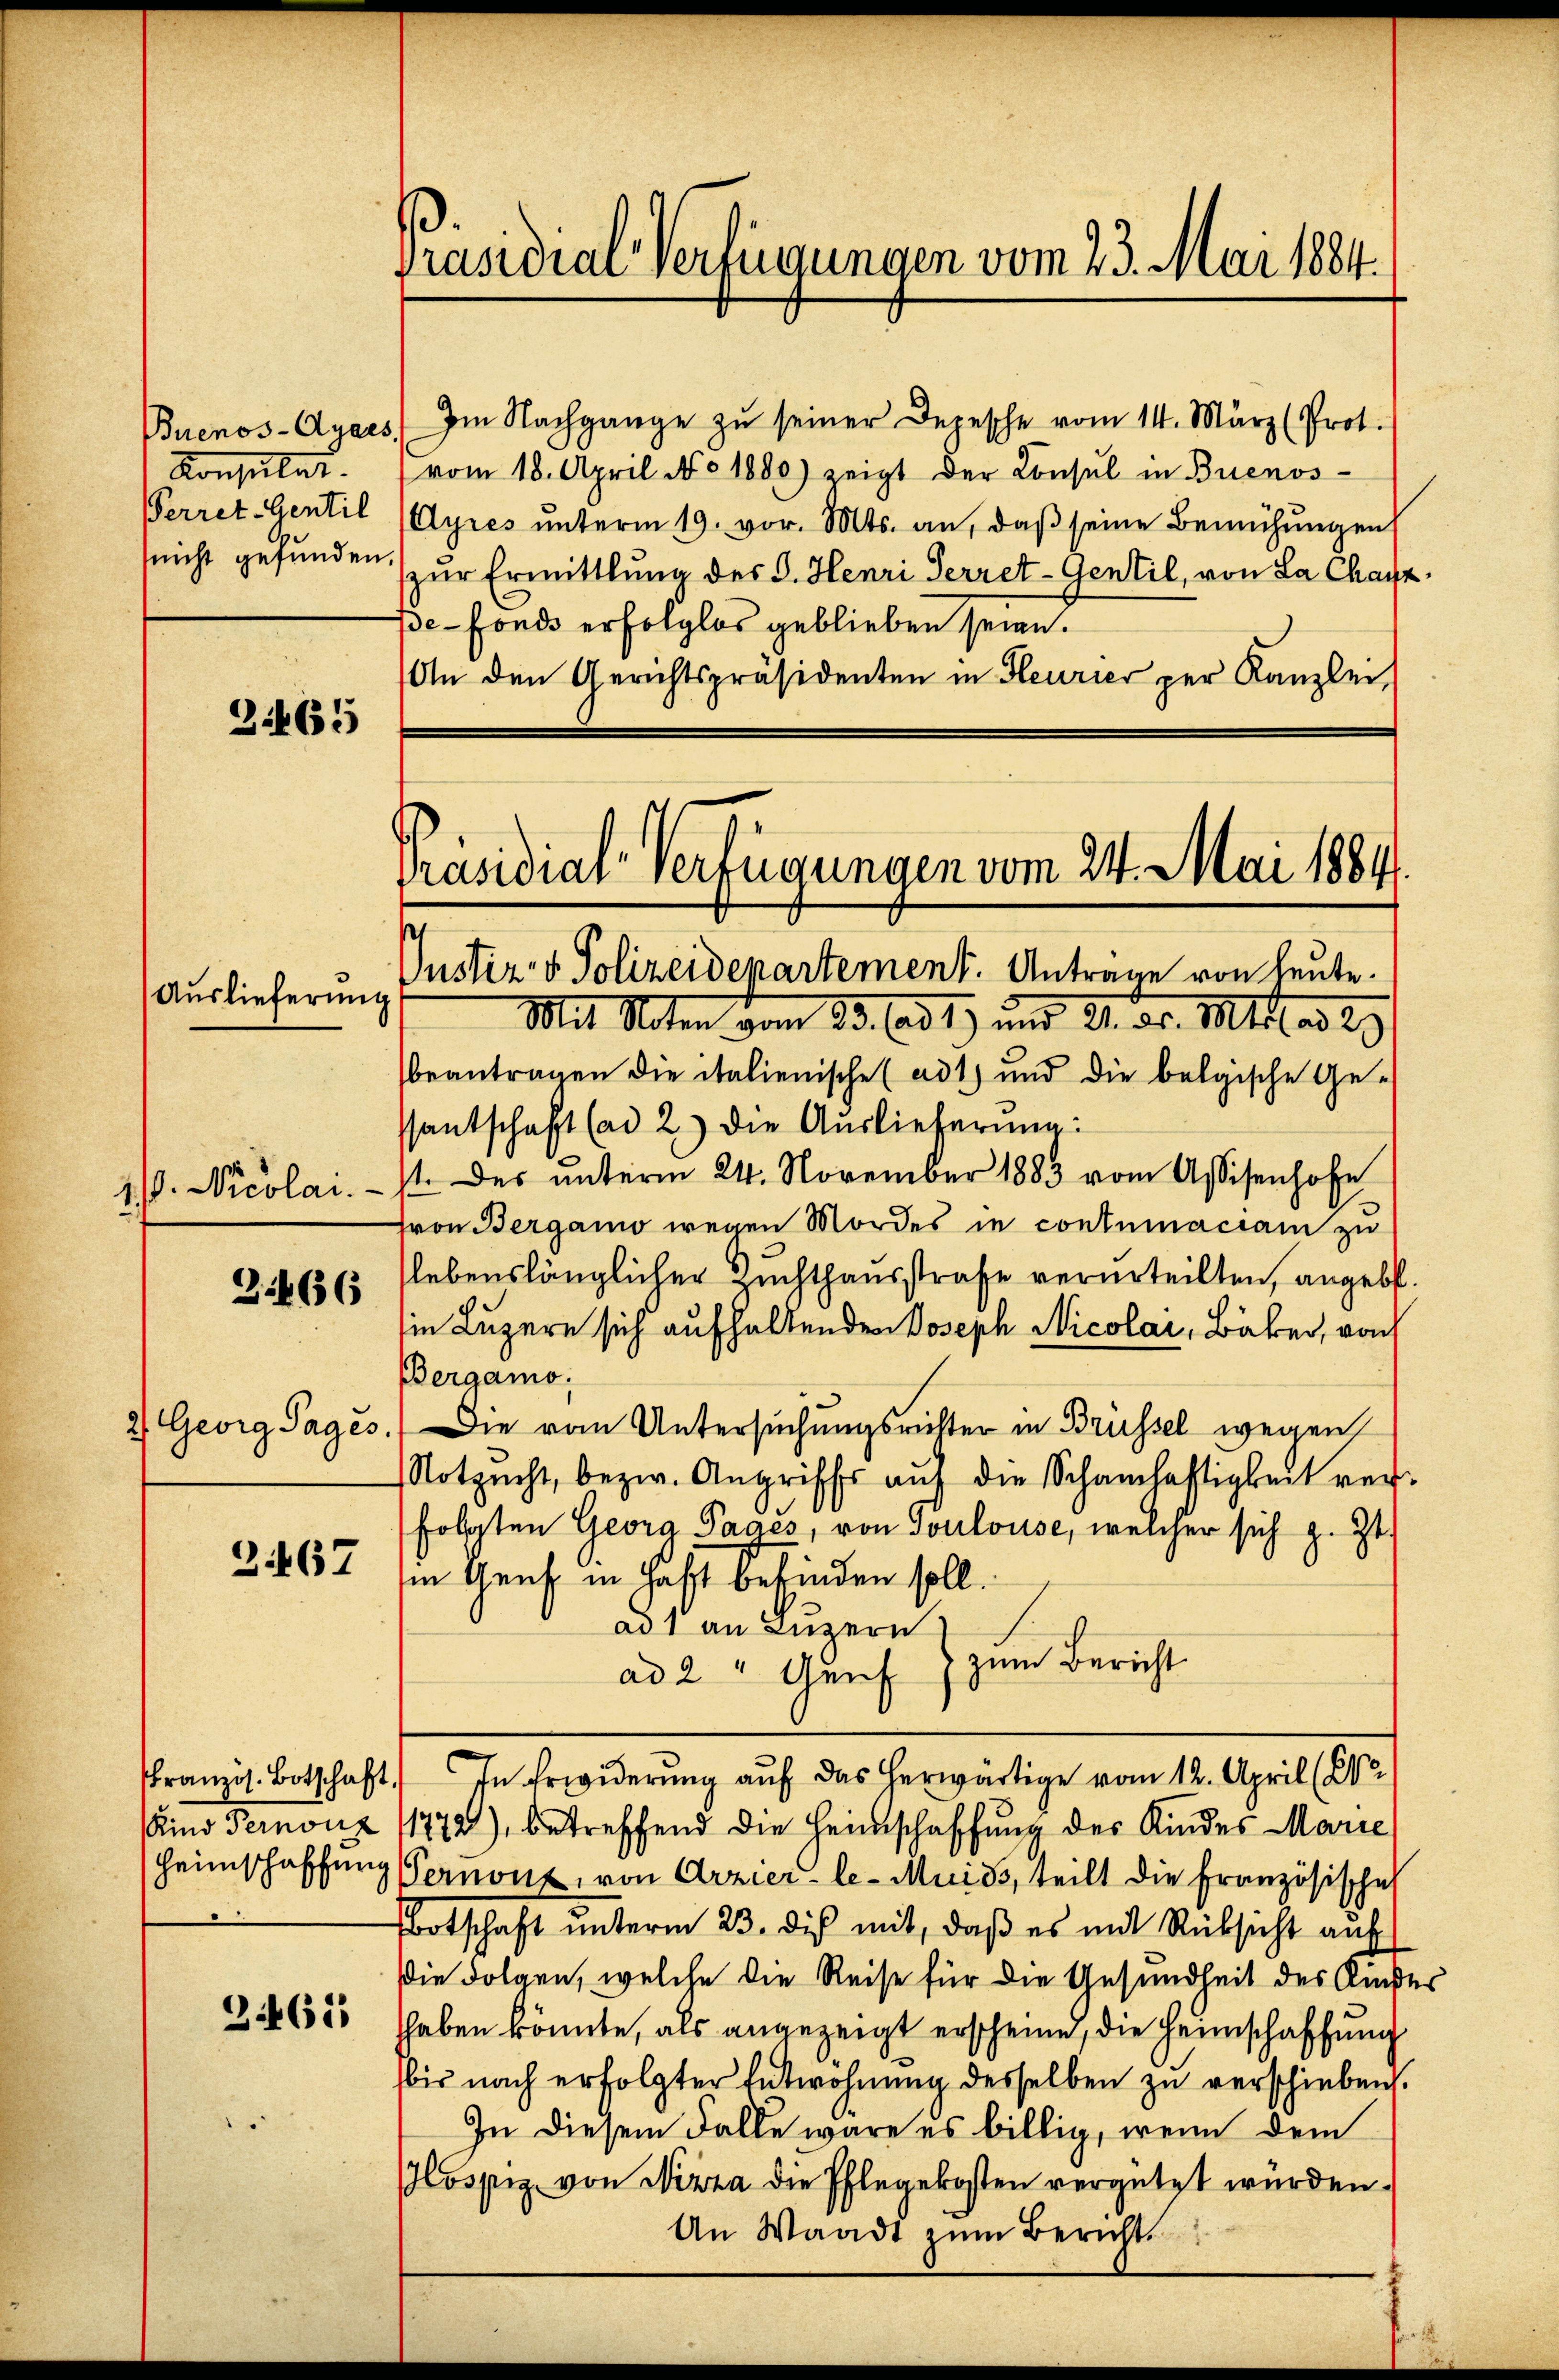
Konsulat
nicht gefunden.

3465

Auslieferung

2466

2.467

2461

Präsidial-Verfügungen vom 23. Mai 1884.

Buenos-Ayres Im Nachgange zŭ seiner Depesche vom 14. März (Prot.
vom 18. April No 1800) zeigt der Consul in Buenos-
Verret-Gentil (Ayres ŭnterm 19. vor. Mts. an, daβ seine Bemühŭngen
zŭr Ermittlung des J. Henri Herret-Gentil, von La Chayz,
pe-Fonds erfolglos geblieben seien.
An den Gerichtspräsidenten in Heurier per Kanzlei,

Präsidial-Verfügungen vom 24. Mai 1884.
.
Justiz- & Polizeidepartement. Antrage von Leute.

Mit Roten vom 23. ad 1.) und 21. dr. Mtt. ad 29
beantragen die italienische (ad 1) und die belgische Ge-
ssantschaft (ad 2.) Die Auslieferung:
1). Nicolai. 1. des unterm 24. November 1883 vom Assisenhofe
(von Bergamo wegen Mordes in contumaciam zu
slebenslänglicher Zuchthausstrafe verurteilten, angebot.
sie Luzern sich aufhaltenden Joseph Nicolai, Bäber, von
Bergamo:
2 Georg Tages. Die vom Untersuchungsritter in Brüssel wegen
Notzŭcht, bezw. Angriffs aŭf die Schamhaftigkeit ver-
folaten Geora Pages, von Toulouse, welcher sich z. Zt.
in Genf in Haft befinden soll.
ad 1 an Luzern
zum Bericht
ad 2 " Genf
ranzis. Botschaft. In Erwiderung auf das herwärtige vom 12. April (C
(in Fernouz 11772), betreffend die Heimschaffung des Kindes Marie
Heimschaffung Pernont, von Arzier-le-Muids, teilt die Französischeh
botschaft ŭnterm 23. dis mit, daß es mit Rücksicht auf
Die Folgen, welche die Reise für die Gesundheit des Amtes
hhaben könnte, als angezeigt erscheine, die Heimschaffung
bis nach erfolgter Entwohnung desselben zu verschieben.
In diesem Falle wäre es billig, wenn dem
Hospiz, von Nizza die Pflegekosten vergütet würden.
An Waadt zum Bericht